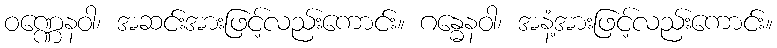
ဝဏ္ဏေနဝါ၊ အဆင်းအားဖြင့်လည်းကောင်း။ ဂန္ဓေနဝါ၊ အနံ့အားဖြင့်လည်းကောင်း။